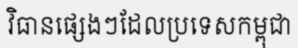
វិធានផ្សេងៗដែលប្រទេសកម្ពុជា